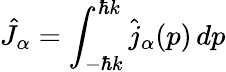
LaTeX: \hat{J}_{\alpha}=\int_{-\hbar k}^{\hbar k}\hat{j}_{\alpha}(p)\, dp